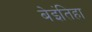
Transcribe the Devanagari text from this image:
बेइंतिहा